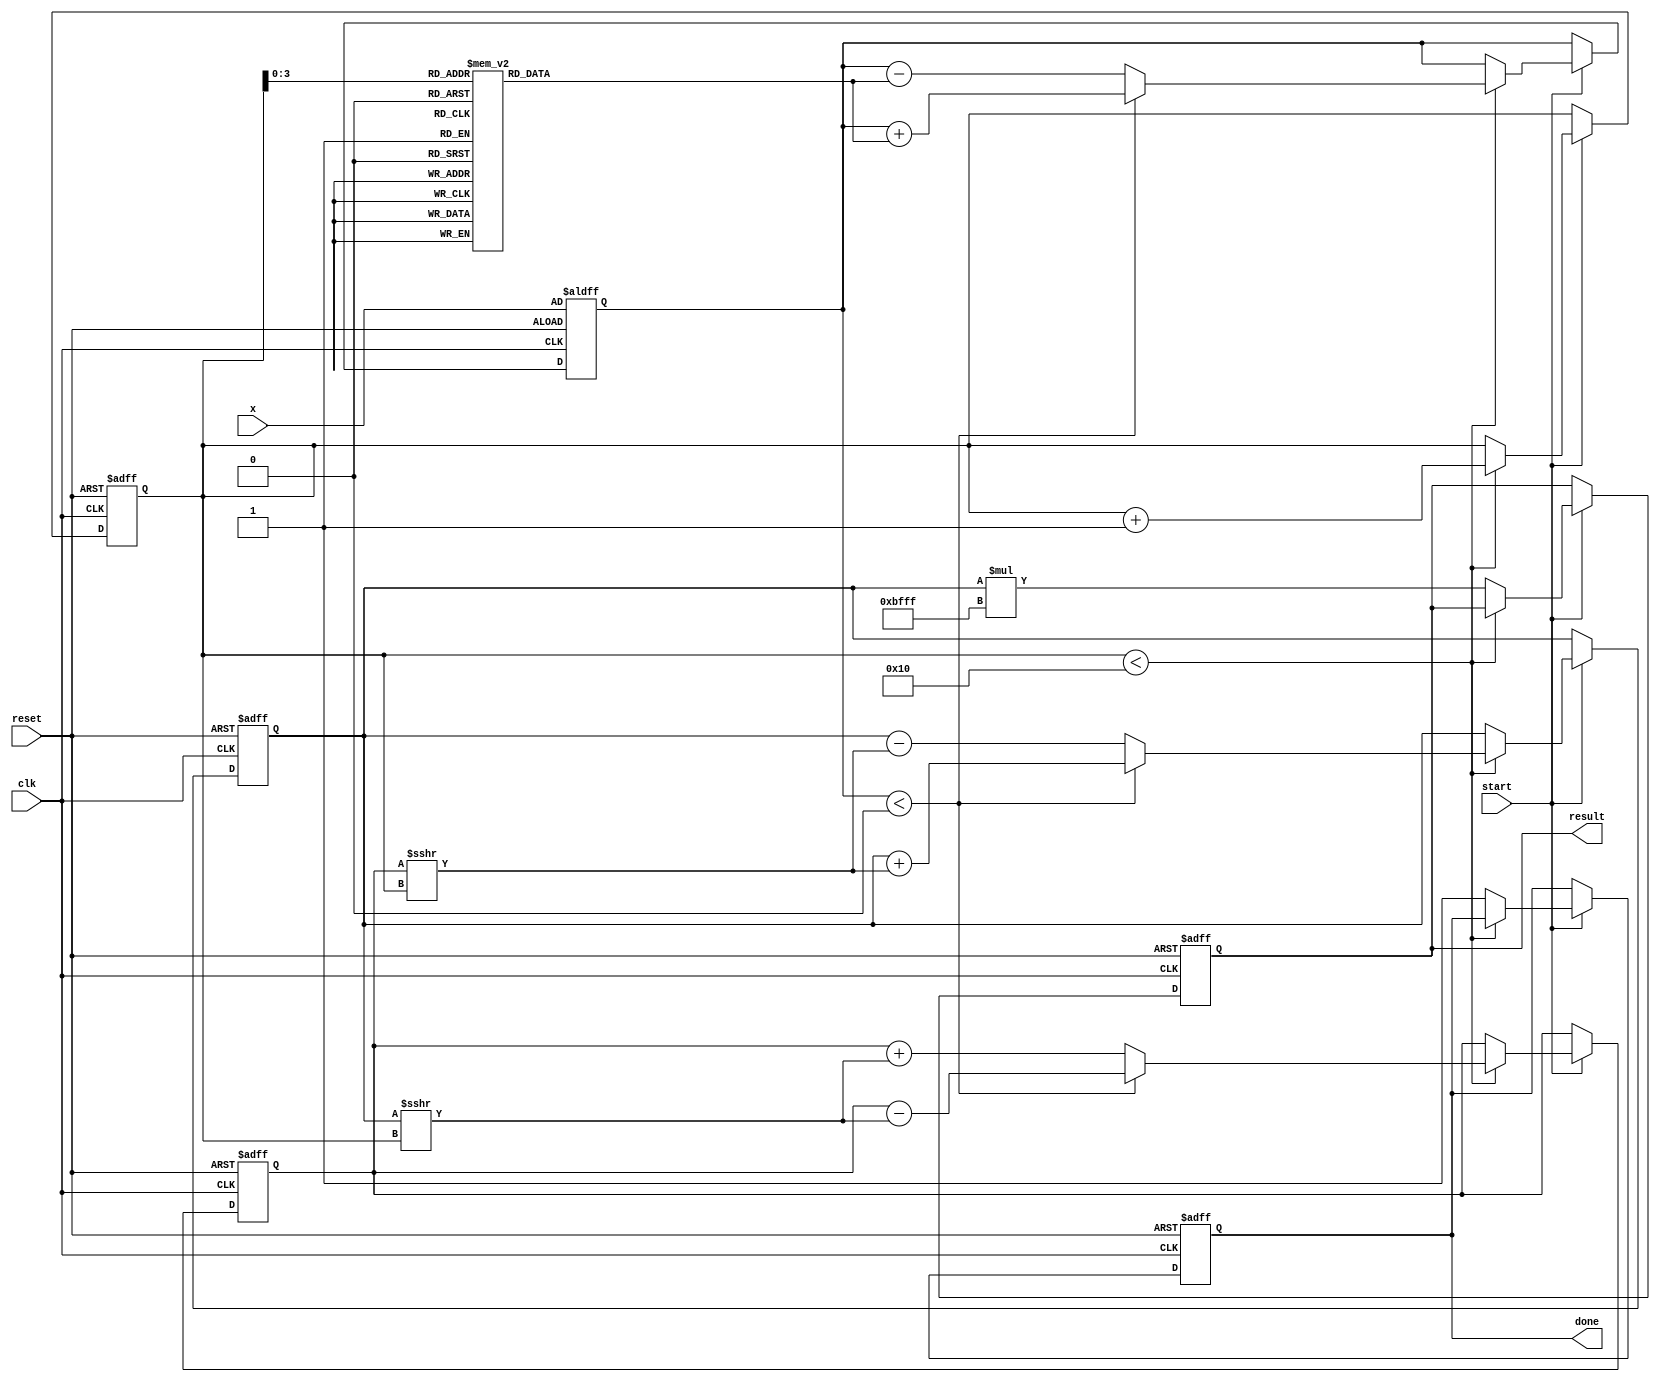
module cordic_exponential (
    input wire clk,
    input wire reset,
    input wire start,
    input wire [15:0] x,           // Input value (x) for which e^x is calculated
    output reg [31:0] result,      // Output result for e^x
    output reg done                // Signal indicating computation is complete
);

    parameter NUM_ITERATIONS = 16; // Number of CORDIC iterations
    parameter FIXED_POINT_SCALE = 16'hBFFF; // Scaling factor for e^x, e.g., 1.0 in fixed-point

    // Angle table for arctangent values (in fixed-point representation)
    reg [15:0] angle_table [0:NUM_ITERATIONS-1];
    initial begin
        // Pre-computed arctangent values (in fixed-point)
        angle_table[0] = 16'h0000; // atan(2^0)
        angle_table[1] = 16'h1C71; // atan(2^-1)
        angle_table[2] = 16'h1A63; // atan(2^-2)
        angle_table[3] = 16'h186A; // atan(2^-3)
        // ... (fill in remaining angles)
        angle_table[NUM_ITERATIONS-1] = 16'h0; // atan(2^-NUM_ITERATIONS)
    end

    // Registers for CORDIC calculations
    reg [15:0] x_reg, y_reg, z_reg; // x, y, and z registers
    reg [4:0] iteration;             // Iteration counter

    // Control unit
    always @(posedge clk or posedge reset) begin
        if (reset) begin
            result <= 32'h00000000;
            done <= 1'b0;
            iteration <= 0;
            x_reg <= 0;
            y_reg <= FIXED_POINT_SCALE; // Start with y = 1.0 (scaled)
            z_reg <= x; // Load input into z
        end else if (start) begin
            if (iteration < NUM_ITERATIONS) begin
                // CORDIC rotation logic
                if (z_reg < 0) begin
                    x_reg <= x_reg + (y_reg >>> iteration);
                    y_reg <= y_reg - (x_reg >>> iteration);
                    z_reg <= z_reg + angle_table[iteration];
                end else begin
                    x_reg <= x_reg - (y_reg >>> iteration);
                    y_reg <= y_reg + (x_reg >>> iteration);
                    z_reg <= z_reg - angle_table[iteration];
                end
                iteration <= iteration + 1;
            end else begin
                // Final scaling and result assignment
                result <= x_reg * FIXED_POINT_SCALE; // Scale the result
                done <= 1'b1; // Indicate completion
            end
        end
    end

endmodule